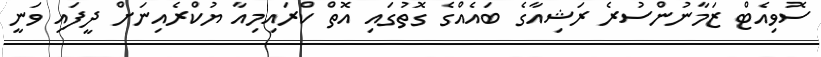
ސޮވިއެޓް ޒަމާނުންސުރެ ރަޝިއާގެ ބައެއްގެ ގޮތުގައި އޮތް ކްރައިމިއާ ޔުކްރެއިނަށް ދީފައި ވަނީ